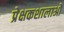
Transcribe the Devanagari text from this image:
प्रेक्षकशालाओं